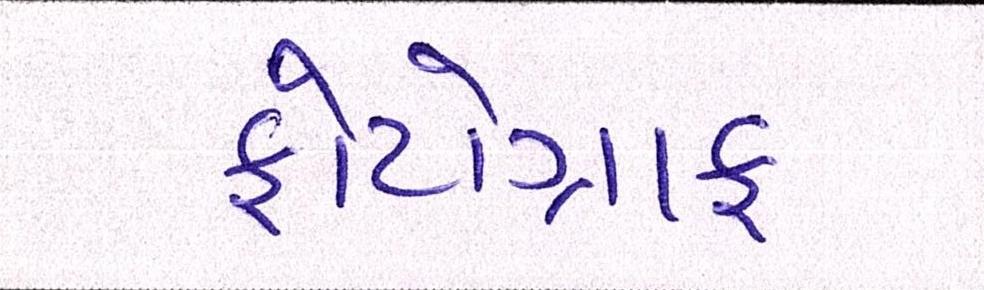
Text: ફોટોગ્રાફ